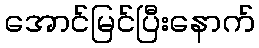
အောင်မြင်ပြီးနောက်